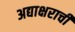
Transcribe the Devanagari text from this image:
अद्याक्षराची